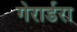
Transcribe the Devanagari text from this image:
गेरार्डरा